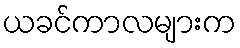
ယခင်ကာလများက